255_413270_UFO's_and_Defense_What_Should_we_Prepare_For
Agency: NASA
Page 89
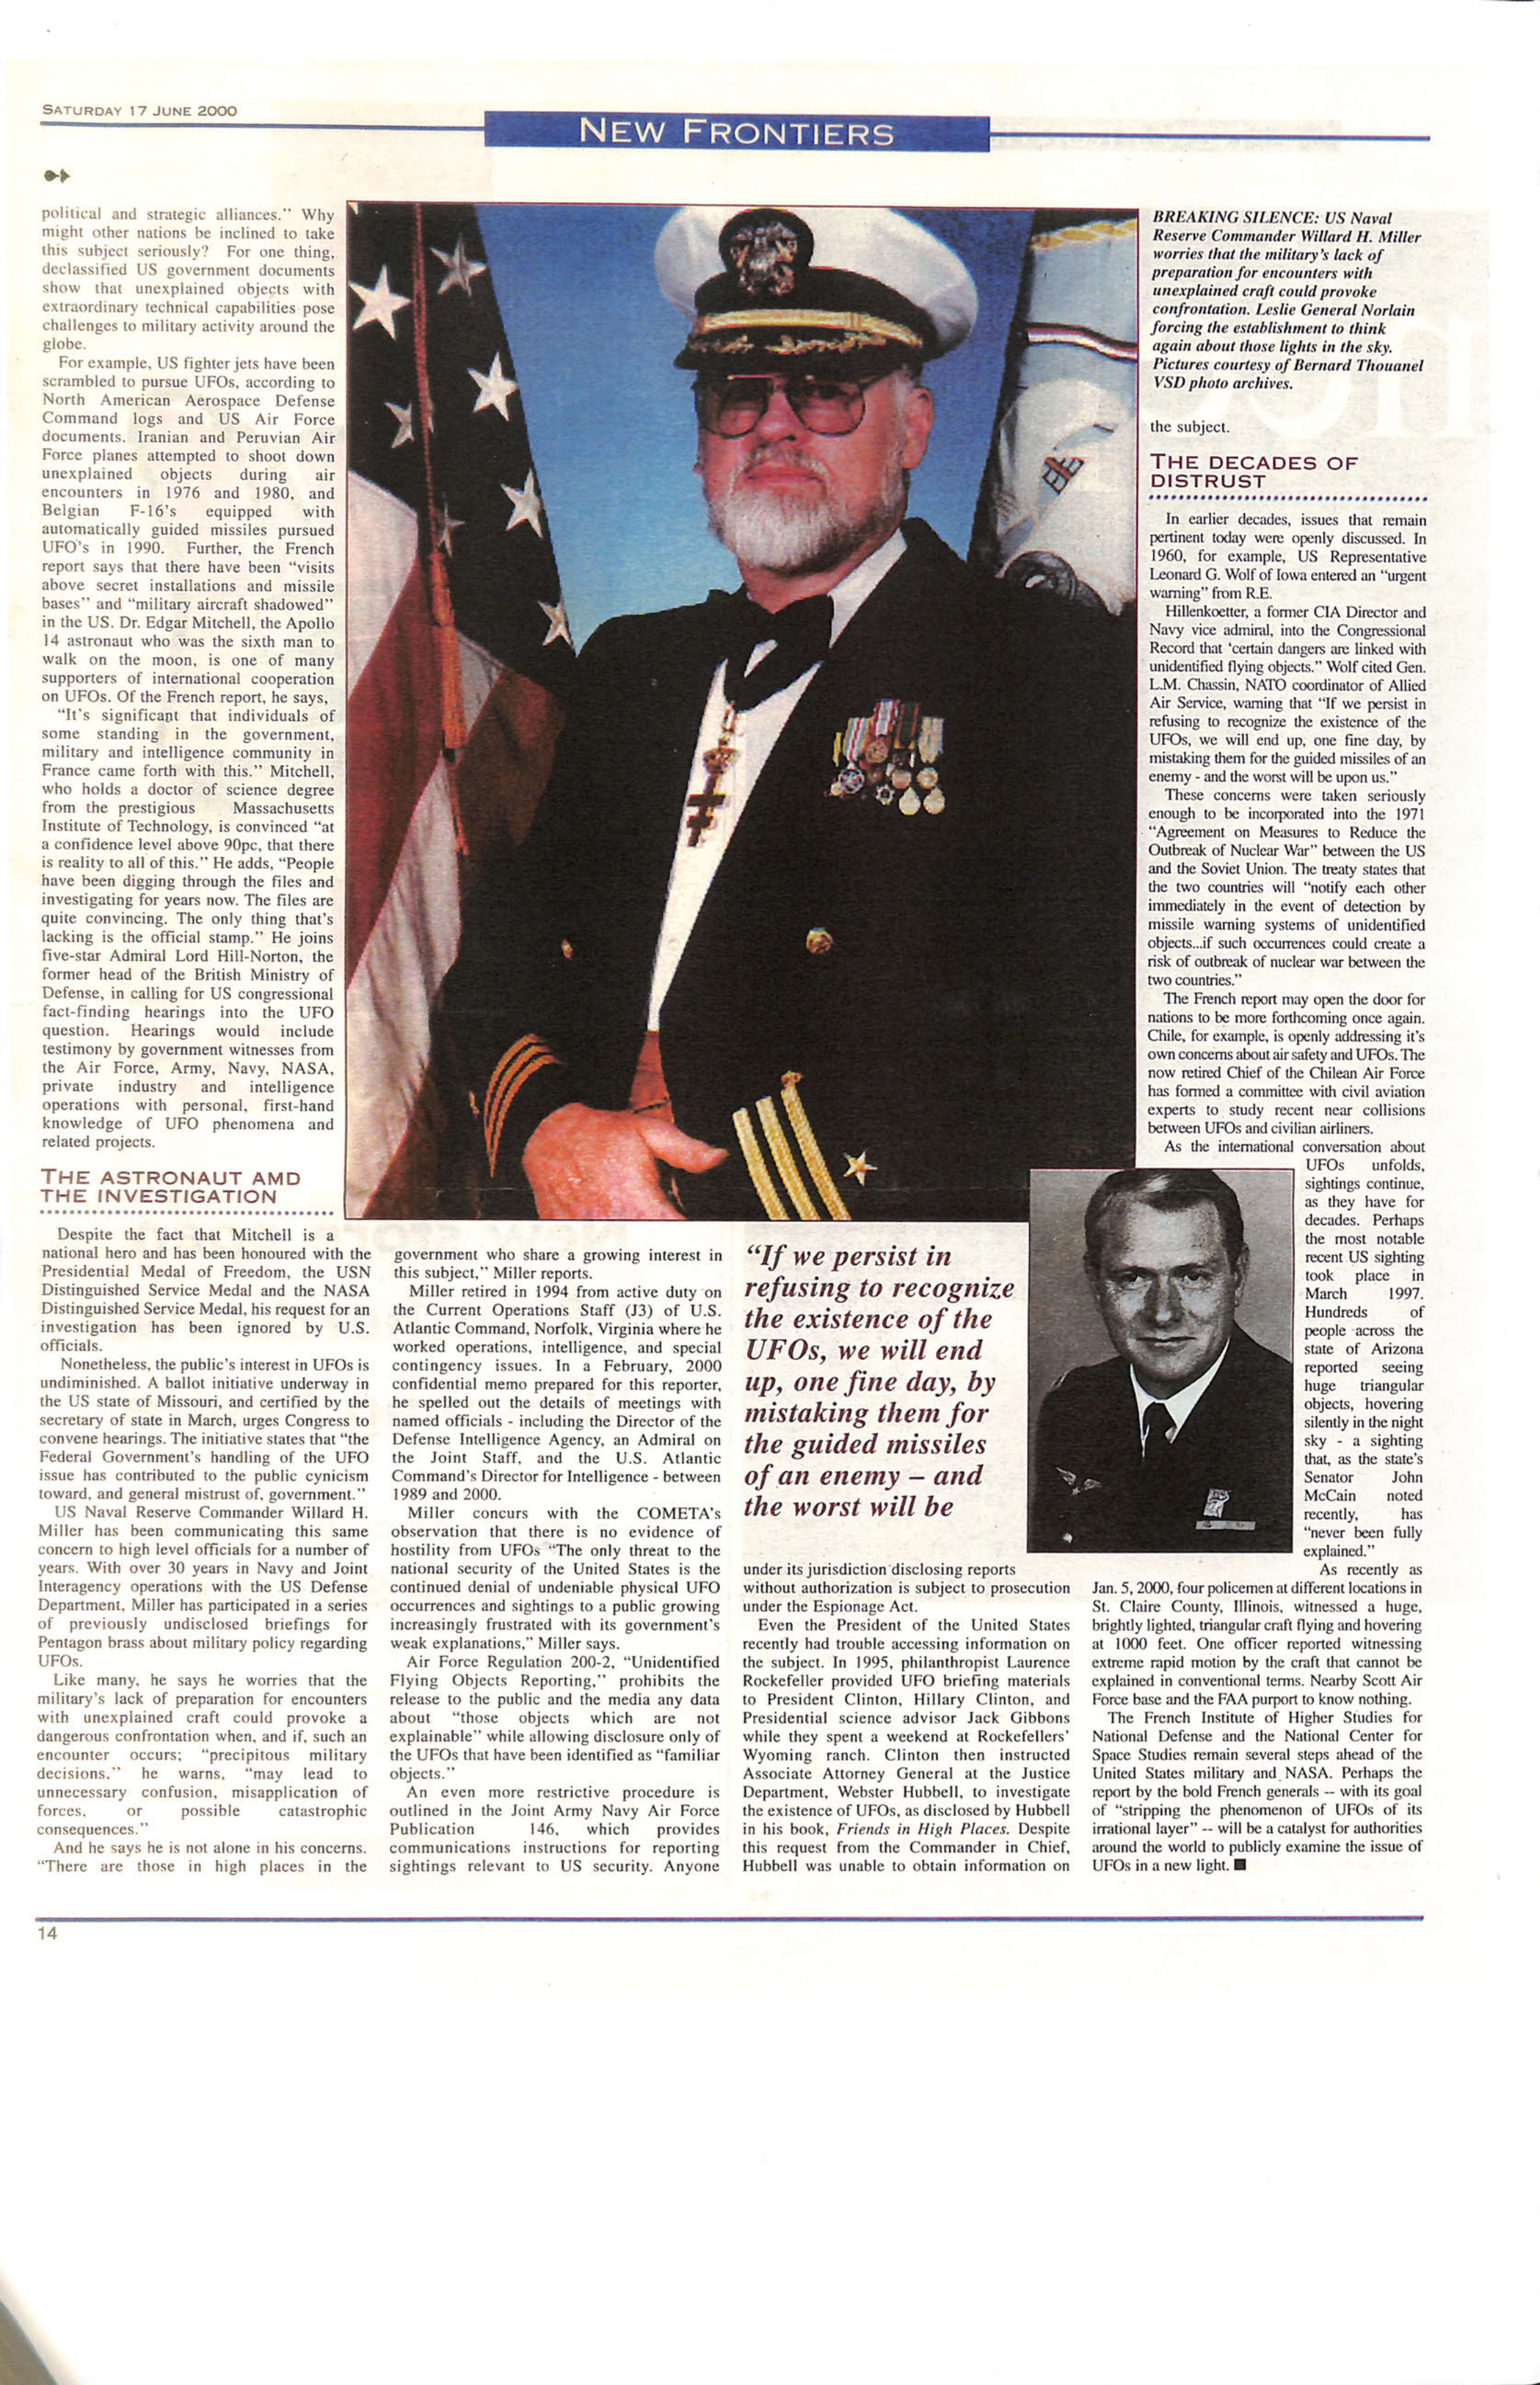